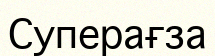
Суперағза